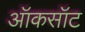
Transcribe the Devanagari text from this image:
ऑकसॉट